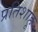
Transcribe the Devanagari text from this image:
प्रतिशाहू